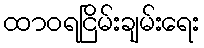
ထာဝရငြိမ်းချမ်းရေး